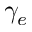
\gamma _ { e }